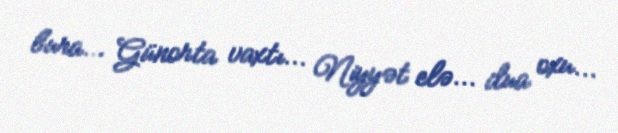
bura... Günorta vaxtı... Niyyət elə... dua oxu...